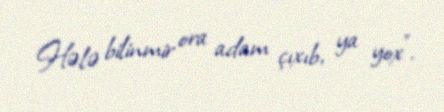
Hələ bilinmir ora adam çıxıb, ya yox”.